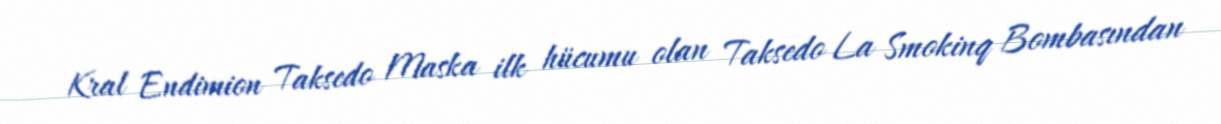
Kral Endimion Taksedo Maska ilk hücumu olan Taksedo La Smokinq Bombasından